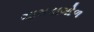
ગામડાગોળ